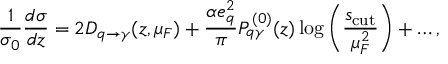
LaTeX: \frac { 1 } { \sigma _ { 0 } } \frac { d \sigma } { d z } = 2 D _ { q \to \gamma } ( z , \mu _ { F } ) + \frac { \alpha e _ { q } ^ { 2 } } { \pi } P _ { q \gamma } ^ { ( 0 ) } ( z ) \log \left( \frac { s _ { \mathrm { c u t } } } { \mu _ { F } ^ { 2 } } \right) + \ldots ,